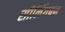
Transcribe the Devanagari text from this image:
सीलिंगबन